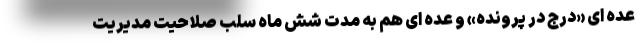
عده ای «درج در پرونده» و عده ای هم به مدت شش ماه سلب صلاحیت مدیریت